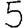
Digit: 5